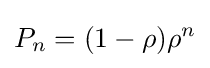
P_{n}=(1-\rho )\rho ^{n}